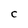
Character: c